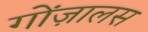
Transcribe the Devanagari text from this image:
गोंज़ालस